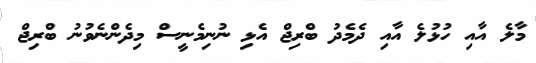
މާލެ އާއި ހުޅުލެ އާއި ދެމެދު ބްރިޖް އެޅި ނުނިމެނީސް މިދެންނެވުނު ބްރިޖް